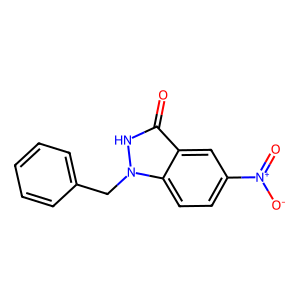
SMILES: O=c1[nH]n(Cc2ccccc2)c2ccc([N+](=O)[O-])cc12
Inhibits HIV replication: No